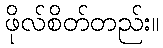
ဖိုလ်စိတ်တည်း။